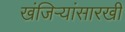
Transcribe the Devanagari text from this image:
खंजिऱ्यांसारखी